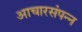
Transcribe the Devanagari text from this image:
आचारसंपन्‍न